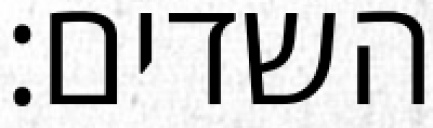
השדים: